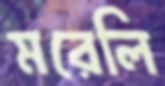
মরেলি